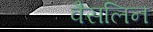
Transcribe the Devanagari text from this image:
वैसलिन